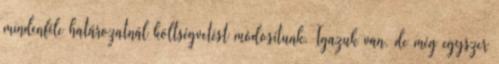
mindenféle határozatnál költségvetést módosítunk. Igazuk van, de még egyszer